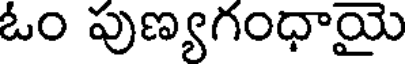
ఓం పుణ్యగంధాయై